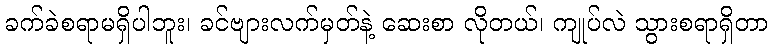
ခက်ခဲစရာမရှိပါဘူး၊ ခင်ဗျားလက်မှတ်နဲ့ ဆေးစာ လိုတယ်၊ ကျုပ်လဲ သွားစရာရှိတာ